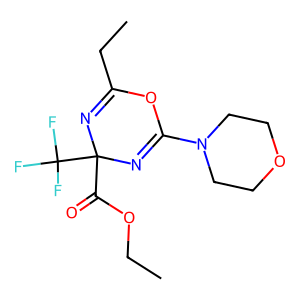
SMILES: CCOC(=O)C1(C(F)(F)F)N=C(CC)OC(N2CCOCC2)=N1
Inhibits HIV replication: No